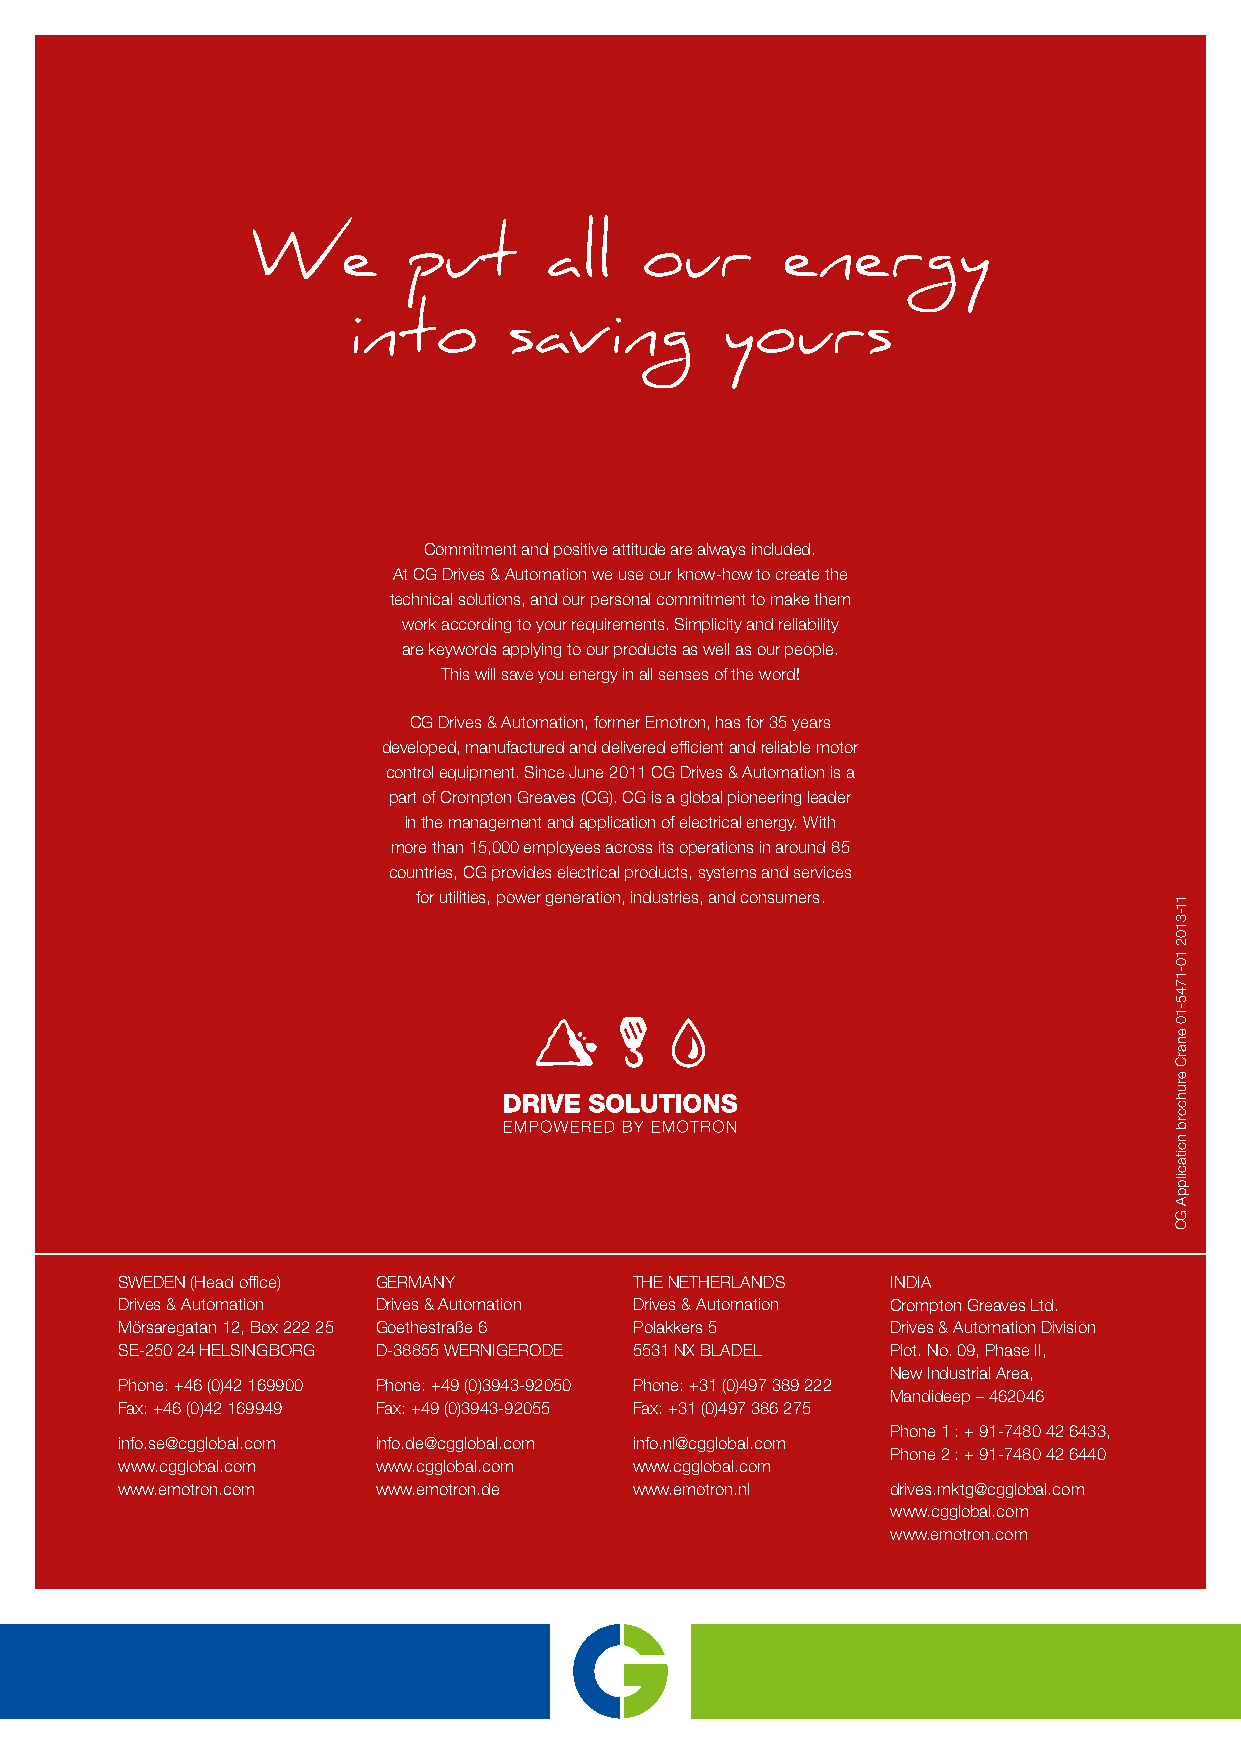
We        put      all   our       energy
 into       saving        yours
 Commitment and positive attitude are always included.
 At CG Drives & Automation we use our know-how to create the
 technical solutions, and our personal commitment to make them
 work according to your requirements. Simplicity and reliability
 are keywords applying to our products as well as our people.
 This will save you energy in all senses of the word!
 CG Drives & Automation, former Emotron, has for 35 years
 developed, manufactured and delivered efficient and reliable motor
 control equipment. Since June 2011 CG Drives & Automation is a
 part of Crompton Greaves (CG). CG is a global pioneering leader
 in the management and application of electrical energy. With
 more than 15,000 employees across its operations in around 85
 countries, CG provides electrical products, systems and services
 for utilities, power generation, industries, and consumers.
 SWEDEN (Head office) GERMANY      THE NETHERLANDS  INDIA
 Drives & Automation Drives & Automation Drives & Automation Crompton Greaves Ltd.
 Mörsaregatan 12, Box 222 25 Goethestraße 6 Polakkers 5 Drives & Automation Division
 SE-250 24 HELSlNGBORG D-38855 WERNIGERODE 5531 NX BLADEL Plot. No. 09, Phase II,
 New Industrial Area,
 Phone: +46 (0)42 169900 Phone: +49 (0)3943-92050 Phone: +31 (0)497 389 222
 Mandideep – 462046
 Fax: +46 (0)42 169949 Fax: +49 (0)3943-92055 Fax: +31 (0)497 386 275
 Phone 1 : + 91-7480 42 6433,
 info.se@cgglobal.com info.de@cgglobal.com info.nl@cgglobal.com
 Phone 2 : + 91-7480 42 6440
 www.cgglobal.com www.cgglobal.com www.cgglobal.com
 www.emotron.com  www.emotron.de   www.emotron.nl   drives.mktg@cgglobal.com
 www.cgglobal.com
 www.emotron.com
 11-3102
 10-1745-10
 enarC
 eruhcorb
 noitacilppA
 GC